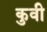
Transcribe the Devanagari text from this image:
कुवी